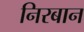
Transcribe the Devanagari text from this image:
निरबान